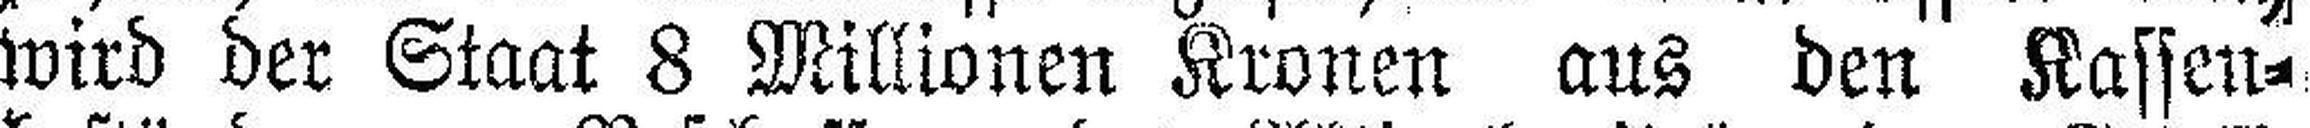
wird der Staat 8 Millionen Kronen aus den Kassen¬